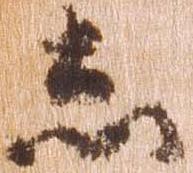
し